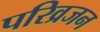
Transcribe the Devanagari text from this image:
परिव्रजन